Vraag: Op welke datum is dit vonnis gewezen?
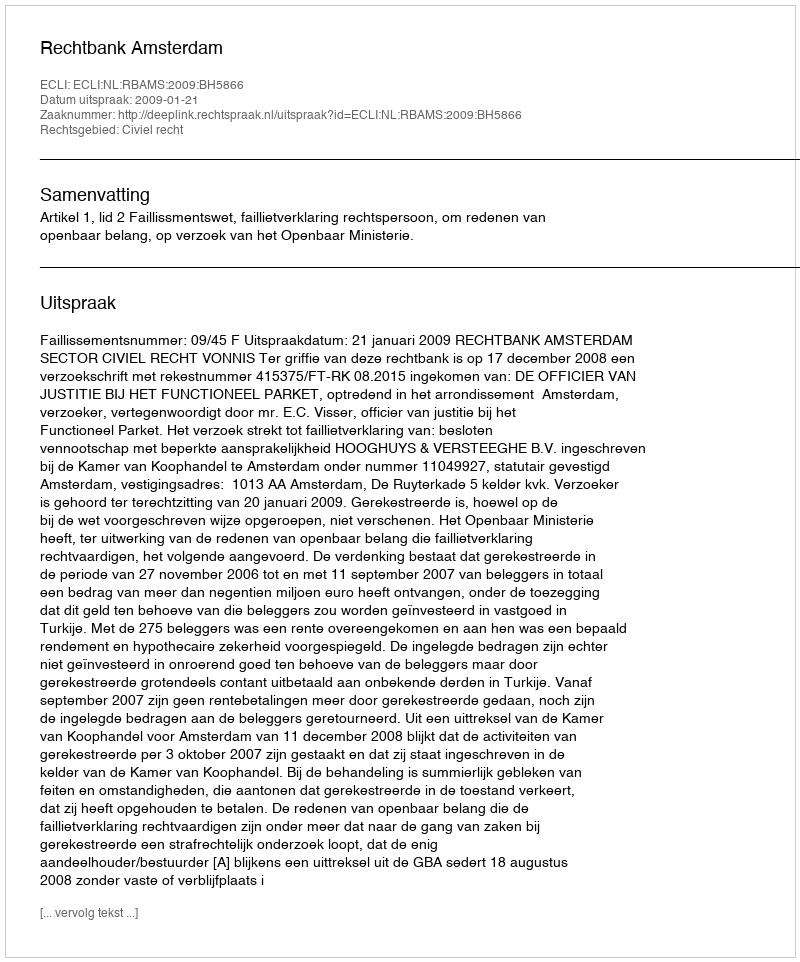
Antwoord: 2009-01-21